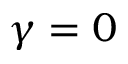
\gamma = 0